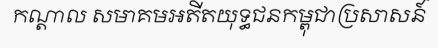
កណ្តាល សមាគមអតីតយុទ្ធជនកម្ពុជាប្រសាសន៍